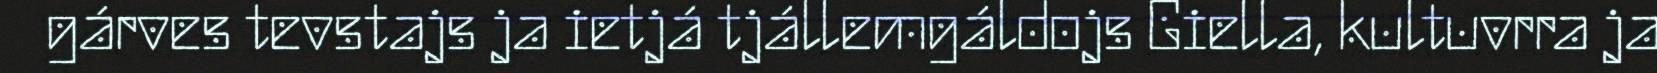
gárves tevstajs ja ietjá tjállemgáldojs Giella, kultuvrra ja